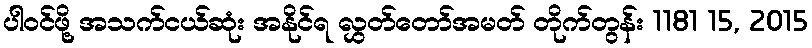
ပါဝင်ဖို့ အသက်ငယ်ဆုံး အနိုင်ရ လွှတ်တော်အမတ် တိုက်တွန်း 1181 15, 2015